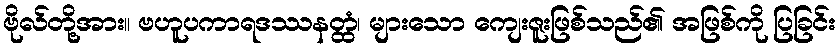
ဗိုလ်တို့အား။ ဗဟူပကာရဒဿနတ္ထံ၊ များသော ကျေးဇူးဖြစ်သည်၏ အဖြစ်ကို ပြခြင်း